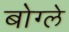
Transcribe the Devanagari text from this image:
बोग्ले